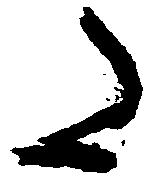
た